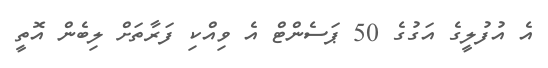
އެ އުފުލީގެ އަގުގެ 50 ޕަސެންޓް އެ ވިއްކި ފަރާތަށް ލިބެން އޮތީ